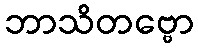
ဘာသိတဗ္ဗော